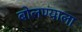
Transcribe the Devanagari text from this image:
बोलण्याला